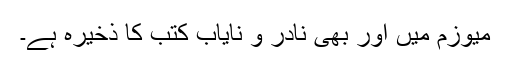
میوزم میں اور بھی نادر و نایاب کتب کا ذخیرہ ہے۔